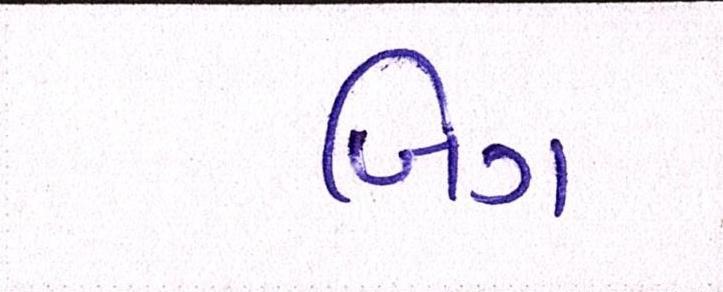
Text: બિગ